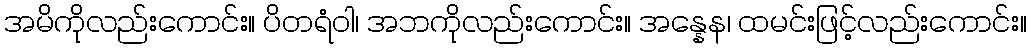
အမိကိုလည်းကောင်း။ ပိတရံဝါ၊ အဘကိုလည်းကောင်း။ အန္နေန၊ ထမင်းဖြင့်လည်းကောင်း။